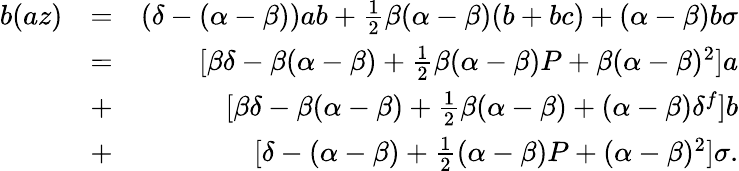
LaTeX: \begin{array}{rlr}{b(az)}&{=}&{(\delta-(\alpha-\beta))ab+\frac{1}{2}\beta(\alpha-\beta)(b+bc)+(\alpha-\beta)b\sigma}\\ &{=}&{[\beta\delta-\beta(\alpha-\beta)+\frac{1}{2}\beta(\alpha-\beta)P+\beta(\alpha-\beta)^{2}]a}\\ &{+}&{[\beta\delta-\beta(\alpha-\beta)+\frac{1}{2}\beta(\alpha-\beta)+(\alpha-\beta)\delta^{f}]b}\\ &{+}&{[\delta-(\alpha-\beta)+\frac{1}{2}(\alpha-\beta)P+(\alpha-\beta)^{2}]\sigma.}\end{array}